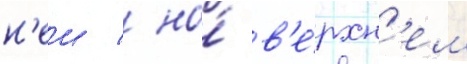
н'еи / на́ в'е́рхн'ем